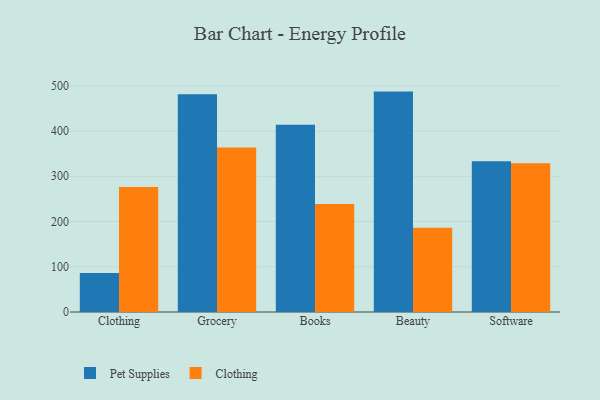
{"axis": {"x": "Category", "y": "Shipments"}, "legend": ["Clothing", "Pet Supplies"], "data": [{"x": "Clothing", "y": 86.3, "type": "Pet Supplies"}, {"x": "Clothing", "y": 276.5, "type": "Clothing"}, {"x": "Grocery", "y": 481.5, "type": "Pet Supplies"}, {"x": "Grocery", "y": 363.5, "type": "Clothing"}, {"x": "Books", "y": 413.9, "type": "Pet Supplies"}, {"x": "Books", "y": 238.9, "type": "Clothing"}, {"x": "Beauty", "y": 487.2, "type": "Pet Supplies"}, {"x": "Beauty", "y": 186.2, "type": "Clothing"}, {"x": "Software", "y": 333.3, "type": "Pet Supplies"}, {"x": "Software", "y": 328.8, "type": "Clothing"}]}